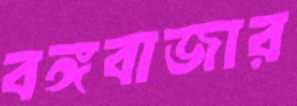
বঙ্গবাজার